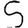
Digit: 5